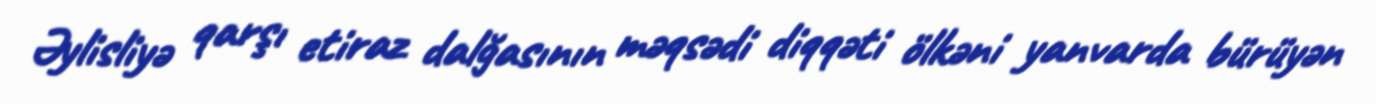
Əylisliyə qarşı etiraz dalğasının məqsədi diqqəti ölkəni yanvarda bürüyən